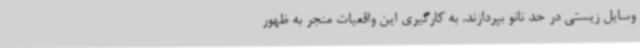
وسایل زیستی در حد نانو بپردازند. به کارگیری این واقعیات منجر به ظهور